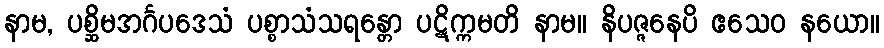
နာမ, ပစ္ဆိမအင်္ဂပဒေသံ ပစ္စာသံသရန္တော ပဋိက္ကမတိ နာမ။ နိပဇ္ဇနေပိ ဧသေဝ နယော။